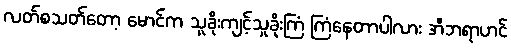
လတ်စသတ်တော့ မောင်က သူခိုးကျင့်သူခိုးကြံ ကြံနေတာပါလား အီဘရာဟင်